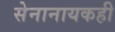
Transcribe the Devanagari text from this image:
सेनानायकही